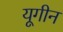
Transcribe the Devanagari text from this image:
यूगीन